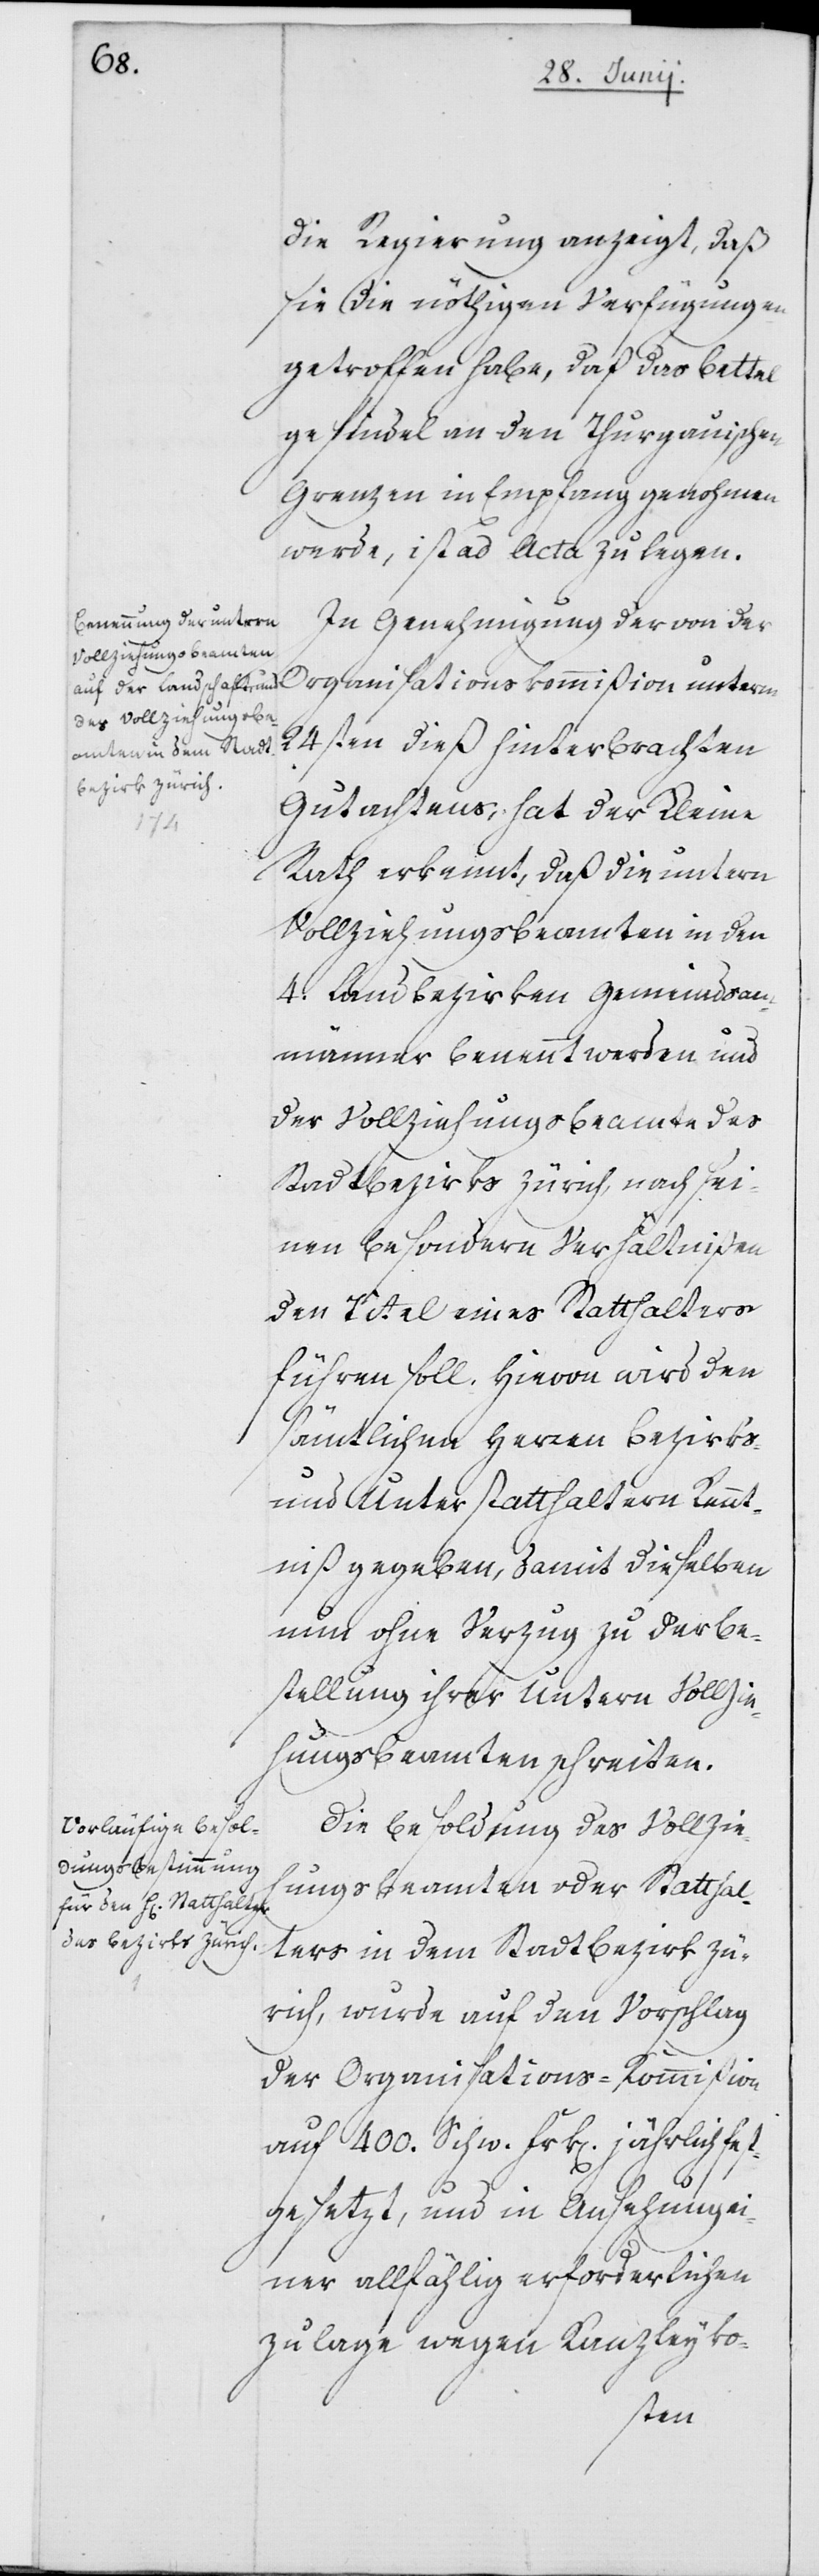
die Regierung anzeigt, daß
sie die nöthigen Verfügungen
getroffen habe, daß das Bettel¬
gesindel an den Thurgauischen
Grenzen in Empfang genohmen
werde, ist ad Acta zu legen.
In Genehmigung der von de¬
24sten dieß hinterbrachten
Gutachtens, hat der Kleine
Rath erkennt, daß die untern
Vollziehungsbeamten in den
4. Landbezirken Gemeindsam¬
männer benennt werden und
der Vollziehungsbeamte des
Stadtbezirks Zürich, nach sei¬
nen besondern Verhältnißen
den Titel eines Statthalters
führen soll. Hievon wird den
sämtlichen Herren Bezirks-
und Unterstatthaltern Kennt¬
niß gegeben, damit dieselben
nun ohne Verzug zu der Be¬
stellung ihrer Untern Vollzie¬
hungsbeamten schreiten.
Die Besoldung des Vollzieh¬
ungsbeamten oder Statthal¬
ters in dem Stadtbezirk Zü¬
rich, wurde auf den Vorschlag
der Organisations-Kommißion
auf 400. Schw. Frk[en]. jährlich fest¬
gesetzt, und in Ansehung ei¬
ner allfählig erforderlichen
Zulage wegen Kanzleyko-